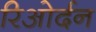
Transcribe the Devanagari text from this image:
रिओर्दन